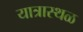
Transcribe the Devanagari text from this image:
यात्रास्थळ